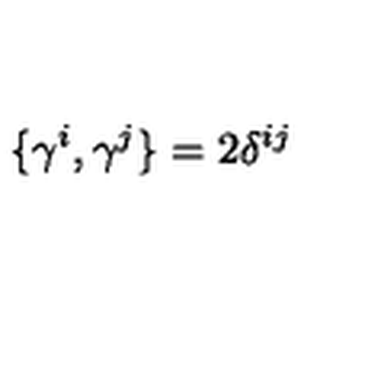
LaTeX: \{ \gamma ^ { i } , \gamma ^ { j } \} = 2 \delta ^ { i j }